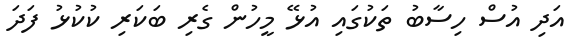
އަދި އުސް ހިސާބު ތަކުގައި އުޅޭ މީހުން ގެރި ބަކަރި ކުކުޅު ފަދަ